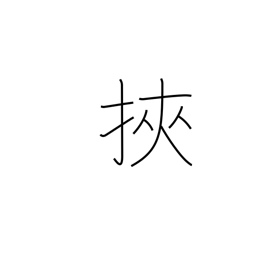
Meaning: get caught